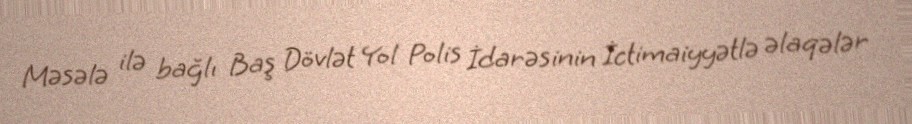
Məsələ ilə bağlı Baş Dövlət Yol Polis İdarəsinin İctimaiyyətlə əlaqələr